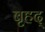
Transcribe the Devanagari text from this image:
बृहद्‌